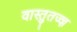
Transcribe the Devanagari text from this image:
वास्तुतज्ज्ञ